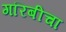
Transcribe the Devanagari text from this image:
गरिबीचा